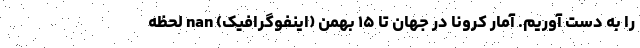
را به دست آوریم. آمار کرونا در جهان تا ۱۵ بهمن (اینفوگرافیک) nan لحظه